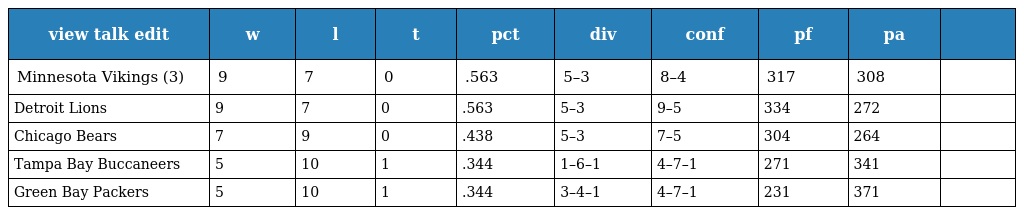
| view talk edit | w | l | t | pct | div | conf | pf | pa |  |
 | --- | --- | --- | --- | --- | --- | --- | --- | --- | --- |
 | Minnesota Vikings (3) | 9 | 7 | 0 | .563 | 5–3 | 8–4 | 317 | 308 |  |
 | Detroit Lions | 9 | 7 | 0 | .563 | 5–3 | 9–5 | 334 | 272 |  |
 | Chicago Bears | 7 | 9 | 0 | .438 | 5–3 | 7–5 | 304 | 264 |  |
 | Tampa Bay Buccaneers | 5 | 10 | 1 | .344 | 1–6–1 | 4–7–1 | 271 | 341 |  |
 | Green Bay Packers | 5 | 10 | 1 | .344 | 3–4–1 | 4–7–1 | 231 | 371 |  |